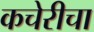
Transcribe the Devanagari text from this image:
कचेरीचा